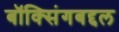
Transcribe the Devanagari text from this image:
बॉक्सिंगबद्दल